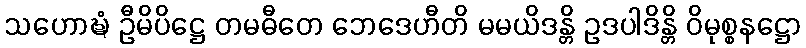
သဟောဍ္ဎံ ဦမိပိဋ္ဌေ တမဓီတေ ဘေဒေဟီတိ မမယိဒန္တိ ဥဒပါဒိန္တိ ဝိမုစ္စနဋ္ဌော